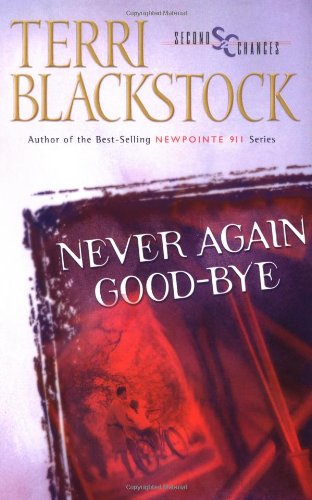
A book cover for Never Again Good-Bye (Second Chances Series #1); Terri Blackstock; Romance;